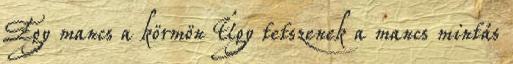
Egy mancs a körmön Úgy tetszenek a mancs mintás